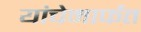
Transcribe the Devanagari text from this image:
यांचेमार्फत